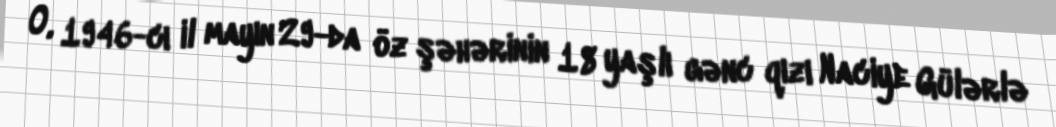
O, 1946-cı il mayın 29-da öz şəhərinin 18 yaşlı gənc qızı Naciye Gülərlə